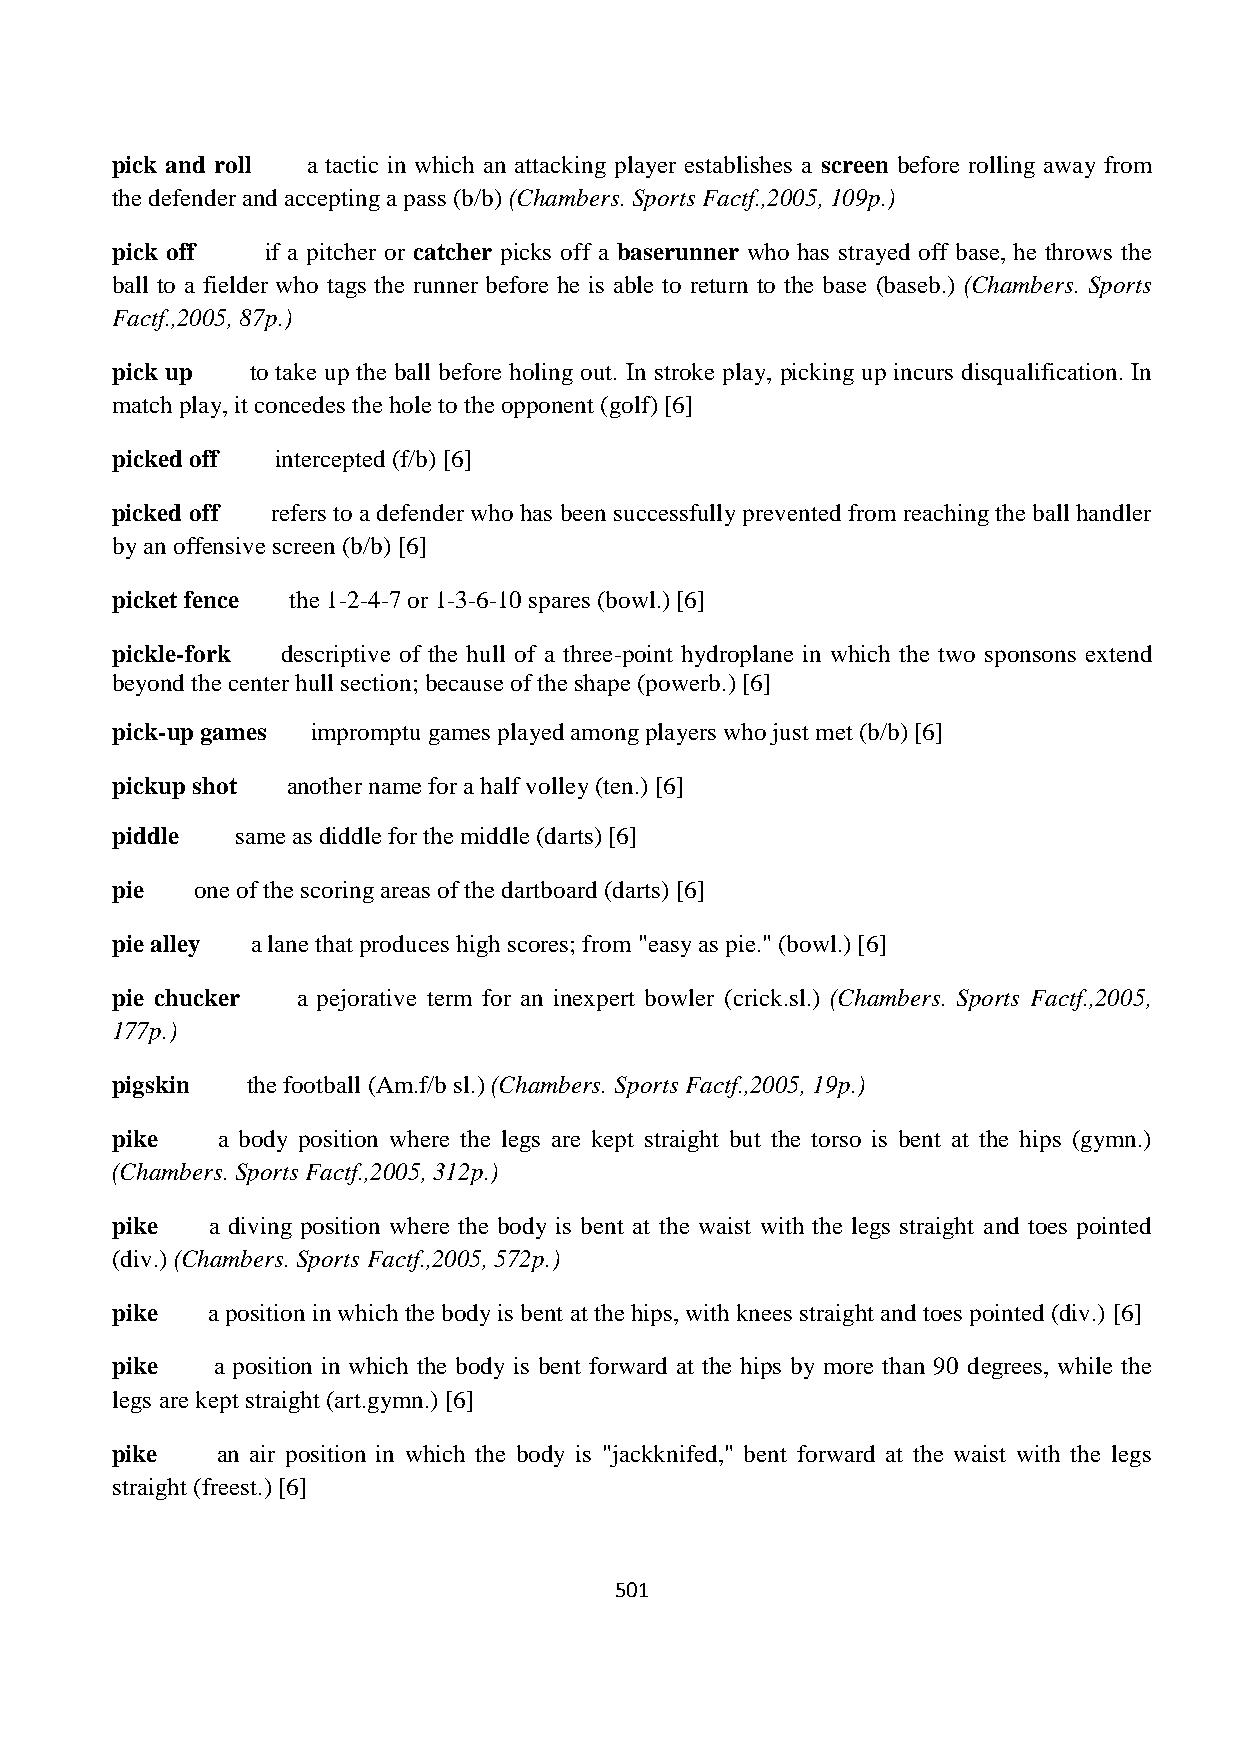
pick and roll a tactic in which an attacking player establishes a screen before rolling away from
 the defender and accepting a pass (b/b) (Chambers. Sports Factf.,2005, 109p.)
 pick off   if a pitcher or catcher picks off a baserunner who has strayed off base, he throws the
 ball to a fielder who tags the runner before he is able to return to the base (baseb.) (Chambers. Sports
 Factf.,2005, 87p.)
 pick up   to take up the ball before holing out. In stroke play, picking up incurs disqualification. In
 match play, it concedes the hole to the opponent (golf) [6]
 picked off intercepted (f/b) [6]
 picked off refers to a defender who has been successfully prevented from reaching the ball handler
 by an offensive screen (b/b) [6]
 picket fence the 1-2-4-7 or 1-3-6-10 spares (bowl.) [6]
 pickle-fork descriptive of the hull of a three-point hydroplane in which the two sponsons extend
 beyond the center hull section; because of the shape (powerb.) [6]
 pick-up games impromptu games played among players who just met (b/b) [6]
 pickup shot another name for a half volley (ten.) [6]
 piddle   same as diddle for the middle (darts) [6]
 pie   one of the scoring areas of the dartboard (darts) [6]
 pie alley a lane that produces high scores; from "easy as pie." (bowl.) [6]
 pie chucker  a pejorative term for an inexpert bowler (crick.sl.) (Chambers. Sports Factf.,2005,
 177p.)
 pigskin  the football (Am.f/b sl.) (Chambers. Sports Factf.,2005, 19p.)
 pike   a body position where the legs are kept straight but the torso is bent at the hips (gymn.)
 (Chambers. Sports Factf.,2005, 312p.)
 pike   a diving position where the body is bent at the waist with the legs straight and toes pointed
 (div.) (Chambers. Sports Factf.,2005, 572p.)
 pike   a position in which the body is bent at the hips, with knees straight and toes pointed (div.) [6]
 pike   a position in which the body is bent forward at the hips by more than 90 degrees, while the
 legs are kept straight (art.gymn.) [6]
 pike   an air position in which the body is "jackknifed," bent forward at the waist with the legs
 straight (freest.) [6]
 501